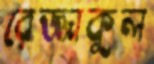
রেজ্জাকুল